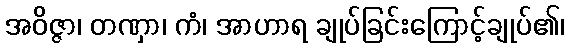
အဝိဇ္ဇာ၊ တဏှာ၊ ကံ၊ အာဟာရ ချုပ်ခြင်းကြောင့်ချုပ်၏၊